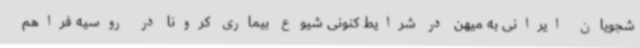
شجویان ایرانی به میهن در شرایط کنونی شیوع بیماری کرونا در روسیه فراهم